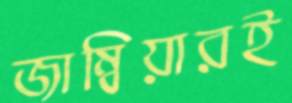
জাম্বিয়ারই